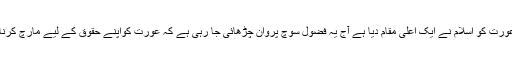
اور جس عورت کو اسلام نے ایک اعلیٰ مقام دیا ہے آج یہ فضول سوچ پروان چڑھائی جا رہی ہے کہ عورت کواپنے حقوق کے لیے مارچ کرنا پڑئے گا۔